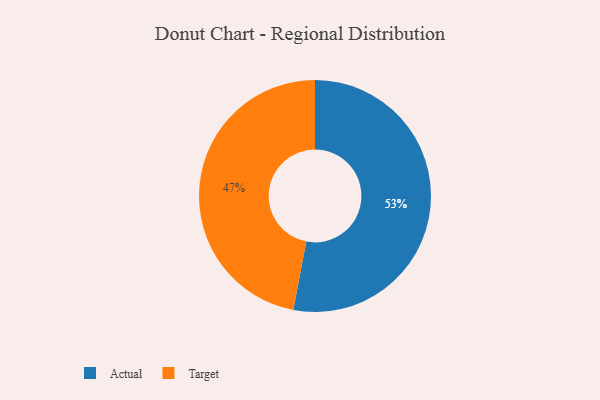
{"axis": {"x": "Category", "y": "Percentage"}, "legend": ["Actual", "Target"], "data": [{"x": "Actual", "y": 53, "type": "Actual"}, {"x": "Target", "y": 47, "type": "Target"}]}